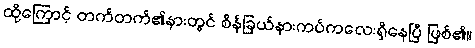
ထို့ကြောင့် တက်တက်၏နားတွင် စိန်ခြယ်နားကပ်ကလေးရှိနေပြီ ဖြစ်၏။